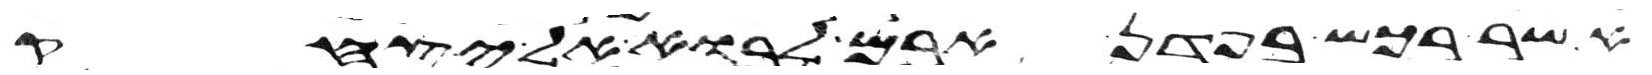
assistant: אשר רכש בפדן ארם לבוא אל יצחק